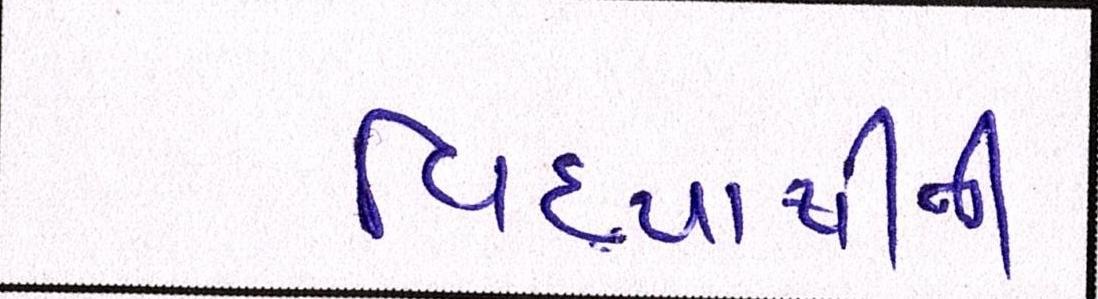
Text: વિદ્યાર્થીની